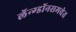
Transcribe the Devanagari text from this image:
लॅन्ग्डॉनसमवेत